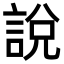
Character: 說